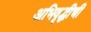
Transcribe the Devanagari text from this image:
अभिवृद्धीची